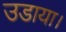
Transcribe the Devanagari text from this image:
उडाया।